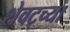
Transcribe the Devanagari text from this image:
शेवट्च्या